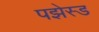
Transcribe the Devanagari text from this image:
पझेस्ड